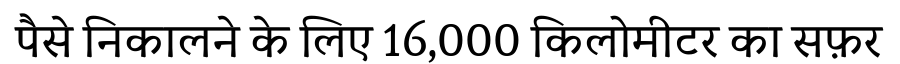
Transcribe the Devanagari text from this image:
पैसे निकालने के लिए 16,000 किलोमीटर का सफ़र